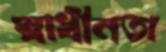
স্বাধীনতা